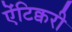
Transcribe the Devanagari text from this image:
ऐंटिक्वरी